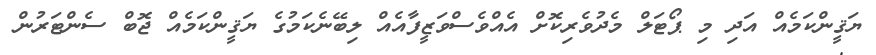
ޔަޤީންކަމެއް އަދި މި ޕޯޓަލް މެދުވެރިކޮށް އެއްވެސްވަޒީފާއެއް ލިބޭނެކަމުގެ ޔަޤީންކަމެއް ޖޮބް ސެންޓަރުން